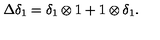
\Delta \delta _ { 1 } = \delta _ { 1 } \otimes 1 + 1 \otimes \delta _ { 1 } .